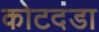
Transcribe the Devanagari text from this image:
कोटदंडा